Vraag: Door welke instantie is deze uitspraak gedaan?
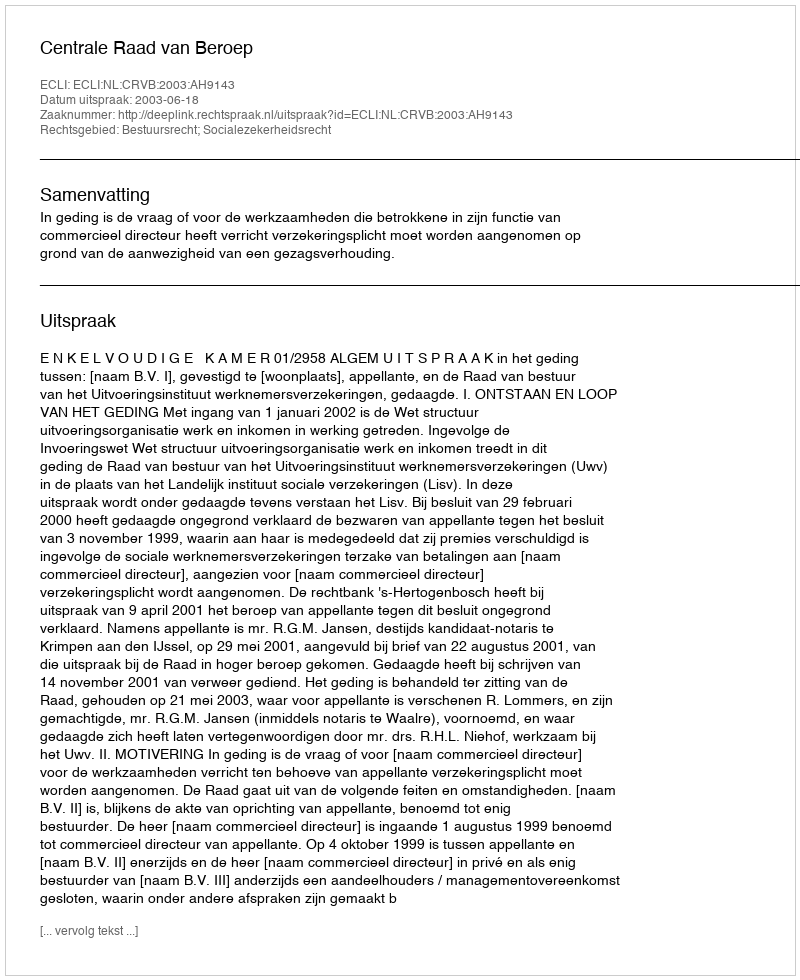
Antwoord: Centrale Raad van Beroep